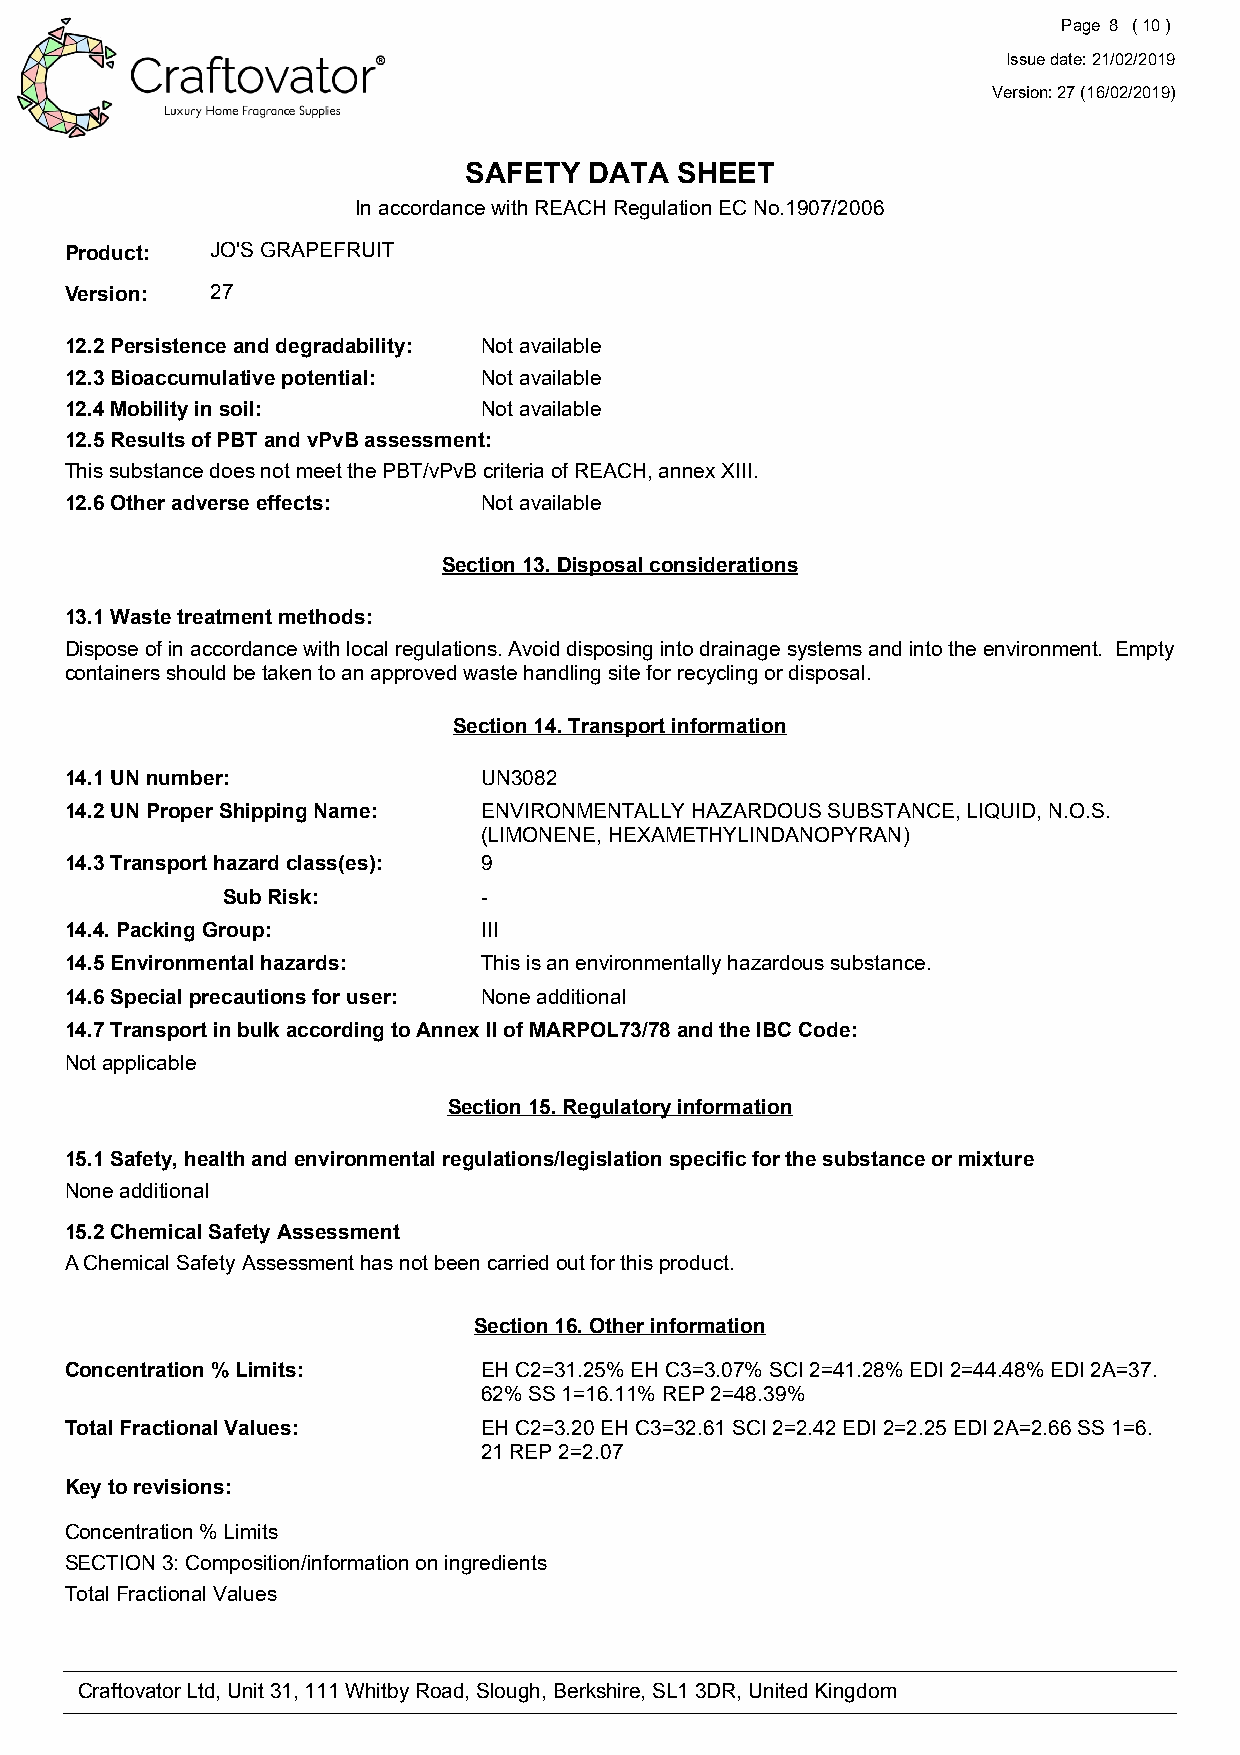
Page 8 ( 10 )
 Issue date: 21/02/2019
 Version: 27 (16/02/2019)
 SAFETY  DATA  SHEET
 In accordance with REACH Regulation EC No.1907/2006
 Product:  JO'S GRAPEFRUIT
 Version:  27
 12.2 Persistence and degradability: Not available
 12.3 Bioaccumulative potential: Not available
 12.4 Mobility in soil:      Not available
 12.5 Results of PBT and vPvB assessment:
 This substance does not meet the PBT/vPvB criteria of REACH, annex XIII.
 12.6 Other adverse effects: Not available
 Section 13. Disposal considerations
 13.1 Waste treatment methods:
 Dispose of in accordance with local regulations. Avoid disposing into drainage systems and into the environment. Empty
 containers should be taken to an approved waste handling site for recycling or disposal.
 Section 14. Transport information
 14.1 UN number:             UN3082
 14.2 UN Proper Shipping Name: ENVIRONMENTALLY HAZARDOUS SUBSTANCE, LIQUID, N.O.S.
 (LIMONENE, HEXAMETHYLINDANOPYRAN)
 14.3 Transport hazard class(es): 9
 Sub Risk:        -
 14.4. Packing Group:        III
 14.5 Environmental hazards: This is an environmentally hazardous substance.
 14.6 Special precautions for user: None additional
 14.7 Transport in bulk according to Annex II of MARPOL73/78 and the IBC Code:
 Not applicable
 Section 15. Regulatory information
 15.1 Safety, health and environmental regulations/legislation specific for the substance or mixture
 None additional
 15.2 Chemical Safety Assessment
 A Chemical Safety Assessment has not been carried out for this product.
 Section 16. Other information
 Concentration % Limits:     EH C2=31.25% EH C3=3.07% SCI 2=41.28% EDI 2=44.48% EDI 2A=37.
 62% SS 1=16.11% REP 2=48.39%
 Total Fractional Values:    EH C2=3.20 EH C3=32.61 SCI 2=2.42 EDI 2=2.25 EDI 2A=2.66 SS 1=6.
 21 REP 2=2.07
 Key to revisions:
 Concentration % Limits
 SECTION 3: Composition/information on ingredients
 Total Fractional Values
 Craftovator Ltd, Unit 31, 111 Whitby Road, Slough, Berkshire, SL1 3DR, United Kingdom